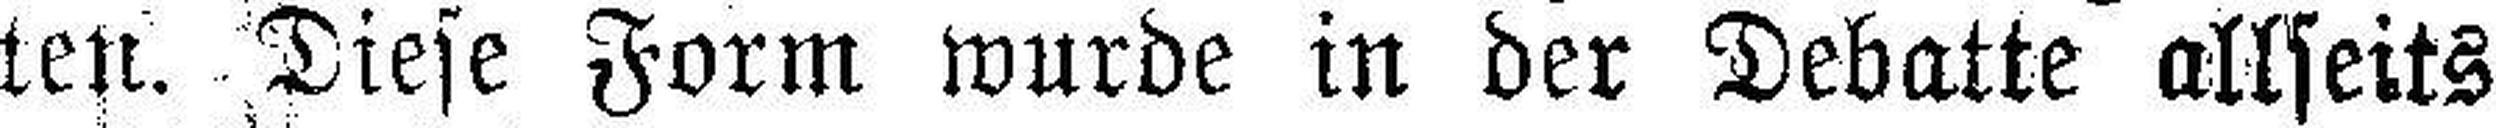
ten. Diese Form wurde in der Debatte allseits